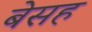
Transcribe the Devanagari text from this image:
बेसह